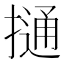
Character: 𢳟